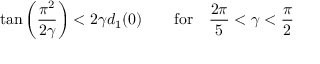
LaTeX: \tan \left( \frac { \pi ^ { 2 } } { 2 \gamma } \right) < 2 \gamma d _ { 1 } ( 0 ) \qquad \mathrm { f o r } \quad \frac { 2 \pi } { 5 } < \gamma < \frac { \pi } { 2 }